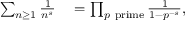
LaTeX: \begin{array} { r l } { \sum _ { n \geq 1 } { \frac { 1 } { n ^ { s } } } } & { { } = \prod _ { p { \mathrm { ~ p r i m e } } } { \frac { 1 } { 1 - p ^ { - s } } } , } \end{array}